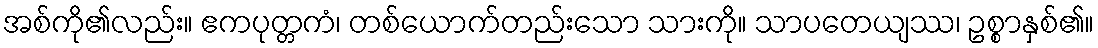
အစ်ကို၏လည်း။ ဧကပုတ္တကံ၊ တစ်ယောက်တည်းသော သားကို။ သာပတေယျဿ၊ ဥစ္စာနှစ်၏။